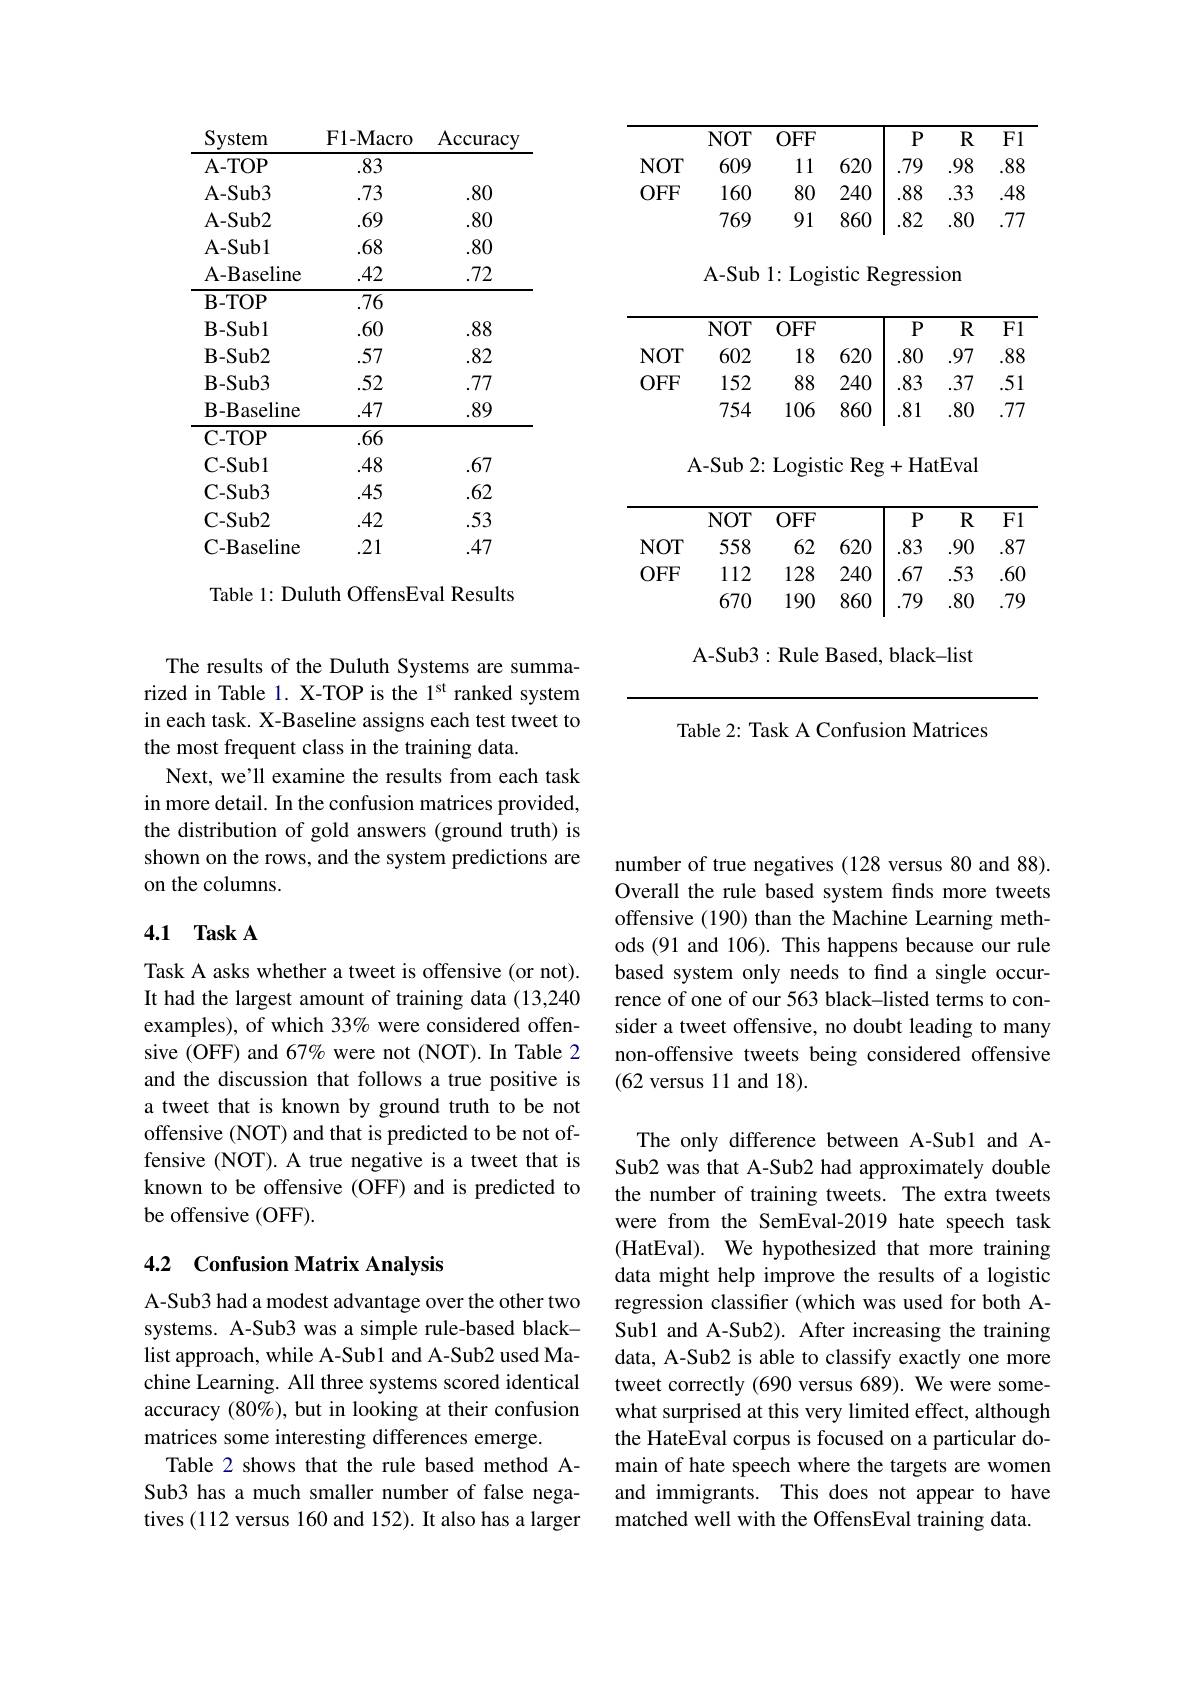
<table>
	<tbody>
		<tr>
			<th>System</th>
			<th>${\mathrm{F1-Macro}}$</th>
			<th>Accuracy</th>
		</tr>
		<tr>
			<td>$\mathbf{A-TOP}$</td>
			<td>.83</td>
			<td> </td>
		</tr>
		<tr>
			<td>$\mathbf{A-Sub3}$</td>
			<td>.73</td>
			<td>.80</td>
		</tr>
		<tr>
			<td>$\mathbf{A-Sub2}$</td>
			<td>.69</td>
			<td>.80</td>
		</tr>
		<tr>
			<td>$\mathbf{A-Subl}$</td>
			<td>.68</td>
			<td>.80</td>
		</tr>
		<tr>
			<td>A-Baseline</td>
			<td>.42</td>
			<td>.72</td>
		</tr>
		<tr>
			<td>$\mathbf{B-TOP}$</td>
			<td>.76</td>
			<td> </td>
		</tr>
		<tr>
			<td>$\mathbf{B-Subl}$</td>
			<td>.60</td>
			<td>.88</td>
		</tr>
		<tr>
			<td>$\mathbf{B-Sub2}$</td>
			<td>.57</td>
			<td>82</td>
		</tr>
		<tr>
			<td>$\mathbf{B-Sub3}$</td>
			<td>.52</td>
			<td>777</td>
		</tr>
		<tr>
			<td>$B-B$ aseline</td>
			<td>.47</td>
			<td>.89</td>
		</tr>
		<tr>
			<td>C-TOP</td>
			<td>.66</td>
			<td> </td>
		</tr>
		<tr>
			<td>C-Subl</td>
			<td>.48</td>
			<td>.67</td>
		</tr>
		<tr>
			<td>$\mathbf{C-Sub3}$</td>
			<td>.45</td>
			<td>.62</td>
		</tr>
		<tr>
			<td>$\mathbf{C-Sub2}$</td>
			<td>.42</td>
			<td>.53</td>
		</tr>
		<tr>
			<td>$\mathbf{C-B}_{i}$ 3aseline</td>
			<td>.21</td>
			<td>.47</td>
		</tr>
	</tbody>
</table>

Table 1: Duluth OffensEval Results

<table>
	<tbody>
		<tr>
			<th> </th>
			<th>$NOT$</th>
			<th>$OFF$</th>
			<th> </th>
			<th>$P$</th>
			<th>$R$</th>
			<th>Fl</th>
		</tr>
		<tr>
			<td>$NOT$</td>
			<td>609</td>
			<td>11</td>
			<td>620</td>
			<td>.79</td>
			<td>.98</td>
			<td>.88</td>
		</tr>
		<tr>
			<td>$OFF$</td>
			<td>160</td>
			<td>80</td>
			<td>240</td>
			<td>.88</td>
			<td>.33</td>
			<td>.48</td>
		</tr>
		<tr>
			<td> </td>
			<td>769</td>
			<td>91</td>
			<td>860</td>
			<td>.82</td>
			<td>.80</td>
			<td>.77</td>
		</tr>
	</tbody>
</table>

A-Sub 1: Logistic Regression

<table>
	<tbody>
		<tr>
			<th> </th>
			<th>$NOT$</th>
			<th>$OFF$</th>
			<th> </th>
			<th>$P$</th>
			<th>$R$</th>
			<th>Fl</th>
		</tr>
		<tr>
			<td>$NOT$</td>
			<td>602</td>
			<td>18</td>
			<td>620</td>
			<td>.80</td>
			<td>.97</td>
			<td>.88</td>
		</tr>
		<tr>
			<td>$OFF$</td>
			<td>152</td>
			<td>88</td>
			<td>240</td>
			<td>.83 1</td>
			<td>.37</td>
			<td>.51</td>
		</tr>
		<tr>
			<td> </td>
			<td>754</td>
			<td>106</td>
			<td>860</td>
			<td>.81</td>
			<td>.80</td>
			<td>.77</td>
		</tr>
	</tbody>
</table>

A-Sub 2: Logistic Reg +HatEval

<table>
	<tbody>
		<tr>
			<th> </th>
			<th>$NOT$</th>
			<th>$OFF$</th>
			<th> </th>
			<th>$P$</th>
			<th>$R$</th>
			<th>Fl</th>
		</tr>
		<tr>
			<td>$NOT$</td>
			<td>558</td>
			<td>62</td>
			<td>620</td>
			<td>.83</td>
			<td>.90</td>
			<td>.87</td>
		</tr>
		<tr>
			<td>$OFF$</td>
			<td>112</td>
			<td>128</td>
			<td>240</td>
			<td>.67</td>
			<td>.53</td>
			<td>.60</td>
		</tr>
		<tr>
			<td> </td>
			<td>$\psi/\psi$ A- Sub3</td>
			<td>$\mathbf{I}/\mathbf{U}$ Rule</td>
			<td>$\psi\psi$ Based</td>
			<td>1 black</td>
			<td>$\bullet\Psi V$ -list</td>
			<td>$\bullet I/$</td>
		</tr>
	</tbody>
</table>

Table 2: Task A Confusion Matrices

The results of the Duluth Systems are summarized in Table 1. X-TOP is the 1$^\mathrm{st}$ ranked system in each task. X-Baseline assigns each test tweet to the most frequent class in the training data.
Next, we'll examine the results from each task in more detail. In the confusion matrices provided, the distribution of gold answers (ground truth) is shown on the rows, and the system predictions are on the columns.

### 4.1 Task A

Task A asks whether a tweet is offensive (or not). It had the largest amount of training data (13,240 examples), of which 33% were considered offensive (OFF) and 67% were not (NOT). In Table 2 and the discussion that follows a true positive is a tweet that is known by ground truth to be not offensive (NOT) and that is predicted to be not offensive (NOT).A true negative is a tweet that is known to be offensive (OFF) and is predicted to be offensive (OFF).

## 4.2 Confusion Matrix Analysis

A-Sub3 had a modest advantage over the other two systems. A-Sub3 was a simple rule-based blacklist approach, while A-Sub1 and A-Sub2 used Machine Learning. All three systems scored identical accuracy (80%), but in looking at their confusion matrices some interesting differences emerge.
Table 2 shows that the rule based method ASub3 has a much smaller number of false negatives (112 versus 160 and 152). It also has a larger

number of true negatives (128 versus 80 and 88). Overall the rule based system finds more tweets offensive (190) than the Machine Learning methods (91 and 106). This happens because our rule based system only needs to find a single occurrence of one of our 563 black-listed terms to consider a tweet offensive, no doubt leading to many non-offensive tweets being considered offensive (62 versus 11 and 18).

The only difference between A-Sub1 and ASub2 was that A-Sub2 had approximately double the number of training tweets. The extra tweets were from the SemEval-2019 hate speech task (HatEval). We hypothesized that more training data might help improve the results of a logistic regression classifier (which was used for both ASub1 and A-Sub2). After increasing the training data, A-Sub2 is able to classify exactly one more tweet correctly (690 versus 689). We were somewhat surprised at this very limited effect, although the HateEval corpus is focused on a particular domain of hate speech where the targets are women and immigrants. This does not appear to have matched well with the OffensEval training data.